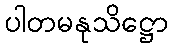
ပါတမနုသိဋ္ဌော